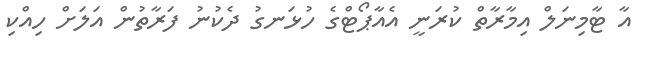
އާ ޓާމިނަލް އިމާރާތް ކުރަނީ އެއާޕޯޓްގެ ހުޅަނގު ދެކުނު ފަރާތުން އަލަށް ހިއްކި